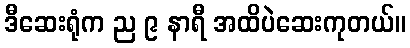
ဒီဆေးရုံက ည ၉ နာရီ အထိပဲဆေးကုတယ်။